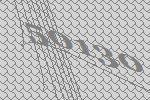
50130